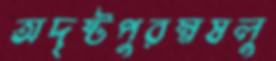
অদৃষ্টপুরম্নষলু